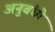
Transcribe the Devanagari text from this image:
अनुबंधो